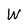
Character: W